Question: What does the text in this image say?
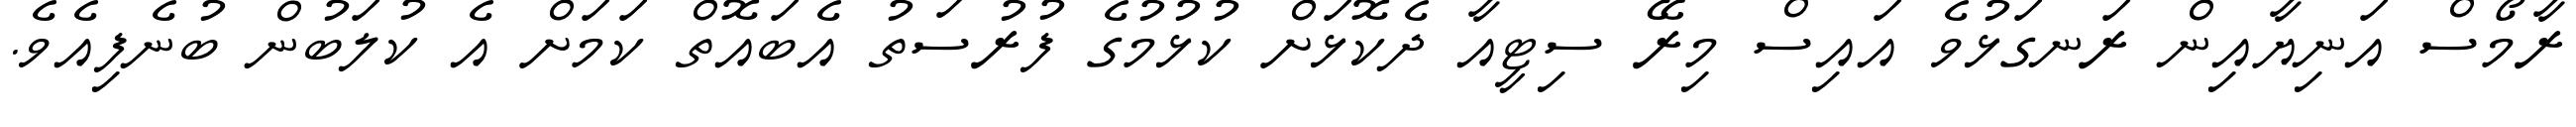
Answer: ރާމޯސް އަނިޔާއިން ރަނގަޅުވެ އައިސް މިރޭ ސިޓީއާ ދެކޮޅަށް ކުޅުމުގެ ފުރުސަތު އެބައޮތް ކަމަށް އެ ކުލަބުން ބުނެފިއެވެ.